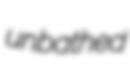
unbathed